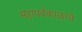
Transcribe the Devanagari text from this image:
महापर्वकाळाचे